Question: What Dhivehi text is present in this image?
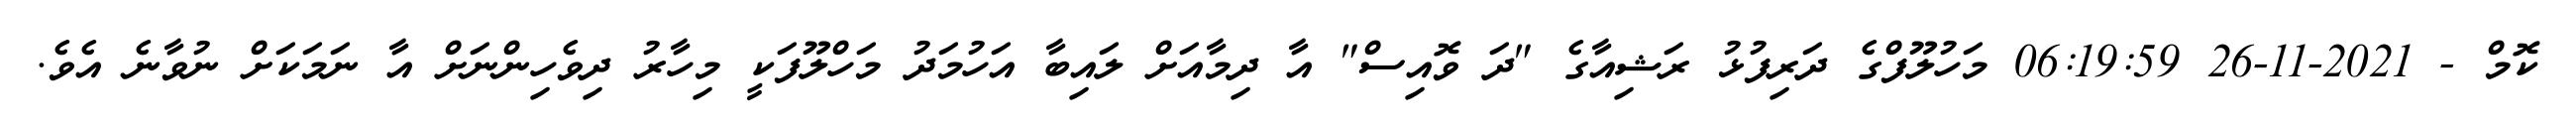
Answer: ކޮމް - 2021-11-26 06:19:59 މަހުލޫފްގެ ދަރިފުޅު ރަޝިއާގެ "ދަ ވޮއިސް" އާ ދިމާއަށް ލައިބާ އަހުމަދު މަހްލޫފަކީ މިހާރު ދިވެހިންނަށް އާ ނަމަކަށް ނުވާނެ އެވެ.